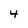
Character: 4